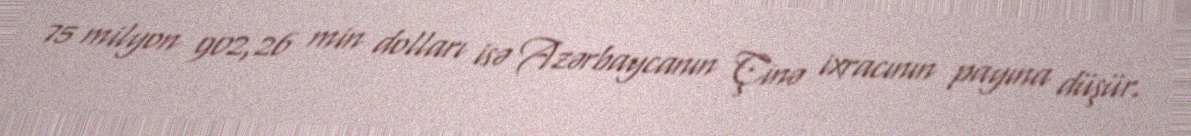
75 milyon 902,26 min dolları isə Azərbaycanın Çinə ixracının payına düşür.